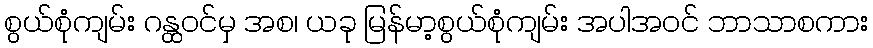
စွယ်စုံကျမ်း ဂန္ထဝင်မှ အစ၊ ယခု မြန်မာ့စွယ်စုံကျမ်း အပါအဝင် ဘာသာစကား